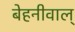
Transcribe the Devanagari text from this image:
बेहनीवाल्